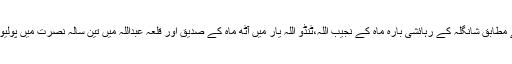
وزارت صحت کے ذرائع کے مطابق شانگلہ کے رہائشی بارہ ماہ کے نجیب اللہ،ٹنڈو اللہ یار میں آٹھ ماہ کے صدیق اور قلعہ عبداللہ میں تین سالہ نصرت میں پولیو وائرس کی تصدیق ہوئی ہے۔